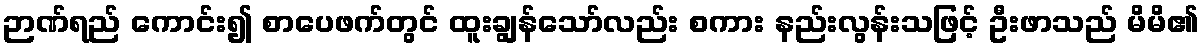
ဉာဏ်ရည် ကောင်း၍ စာပေဖက်တွင် ထူးချွန်သော်လည်း စကား နည်းလွန်းသဖြင့် ဦးဖာသည် မိမိ၏